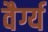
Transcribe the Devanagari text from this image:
वैर्ग्य